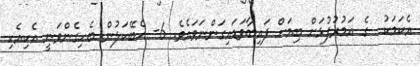
އެކަމަކު  ގެ އަމުރުފުޅަށް ބިމަށް ފައިބާވަޑައިގަންނަވައެވެ. 6- އެބޭކަލުން ބެހިގެންވަނީ އެކިއެކި